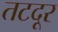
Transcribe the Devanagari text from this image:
तटदूर